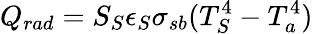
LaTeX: Q_{rad}=S_{S}\epsilon_{S}\sigma_{sb}(T_{S}^{4}-T_{a}^{4})